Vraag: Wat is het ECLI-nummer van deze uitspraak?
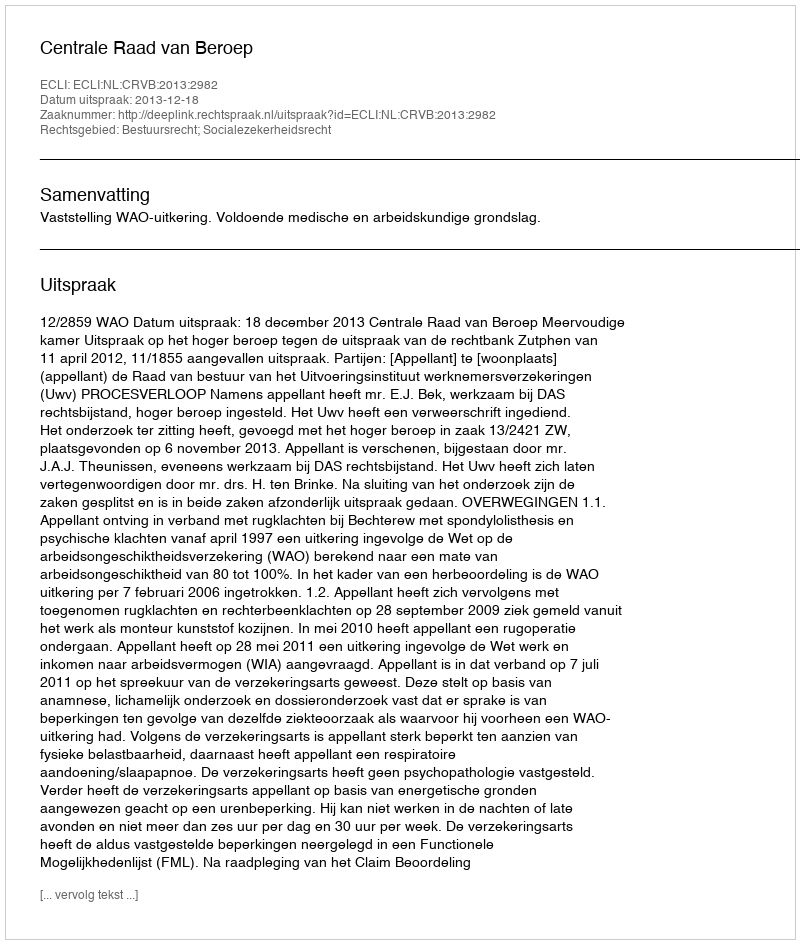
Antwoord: ECLI:NL:CRVB:2013:2982